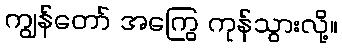
ကျွန်တော် အကြွေ ကုန်သွားလို့။